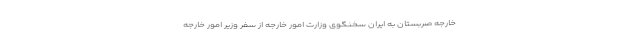
خارجه صربستان به ایران سخنگوی وزارت امور خارجه از سفر وزیر امور خارجه